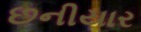
છનીયાર